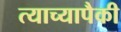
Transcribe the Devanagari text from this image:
त्याच्यापैकी